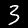
Label: 3